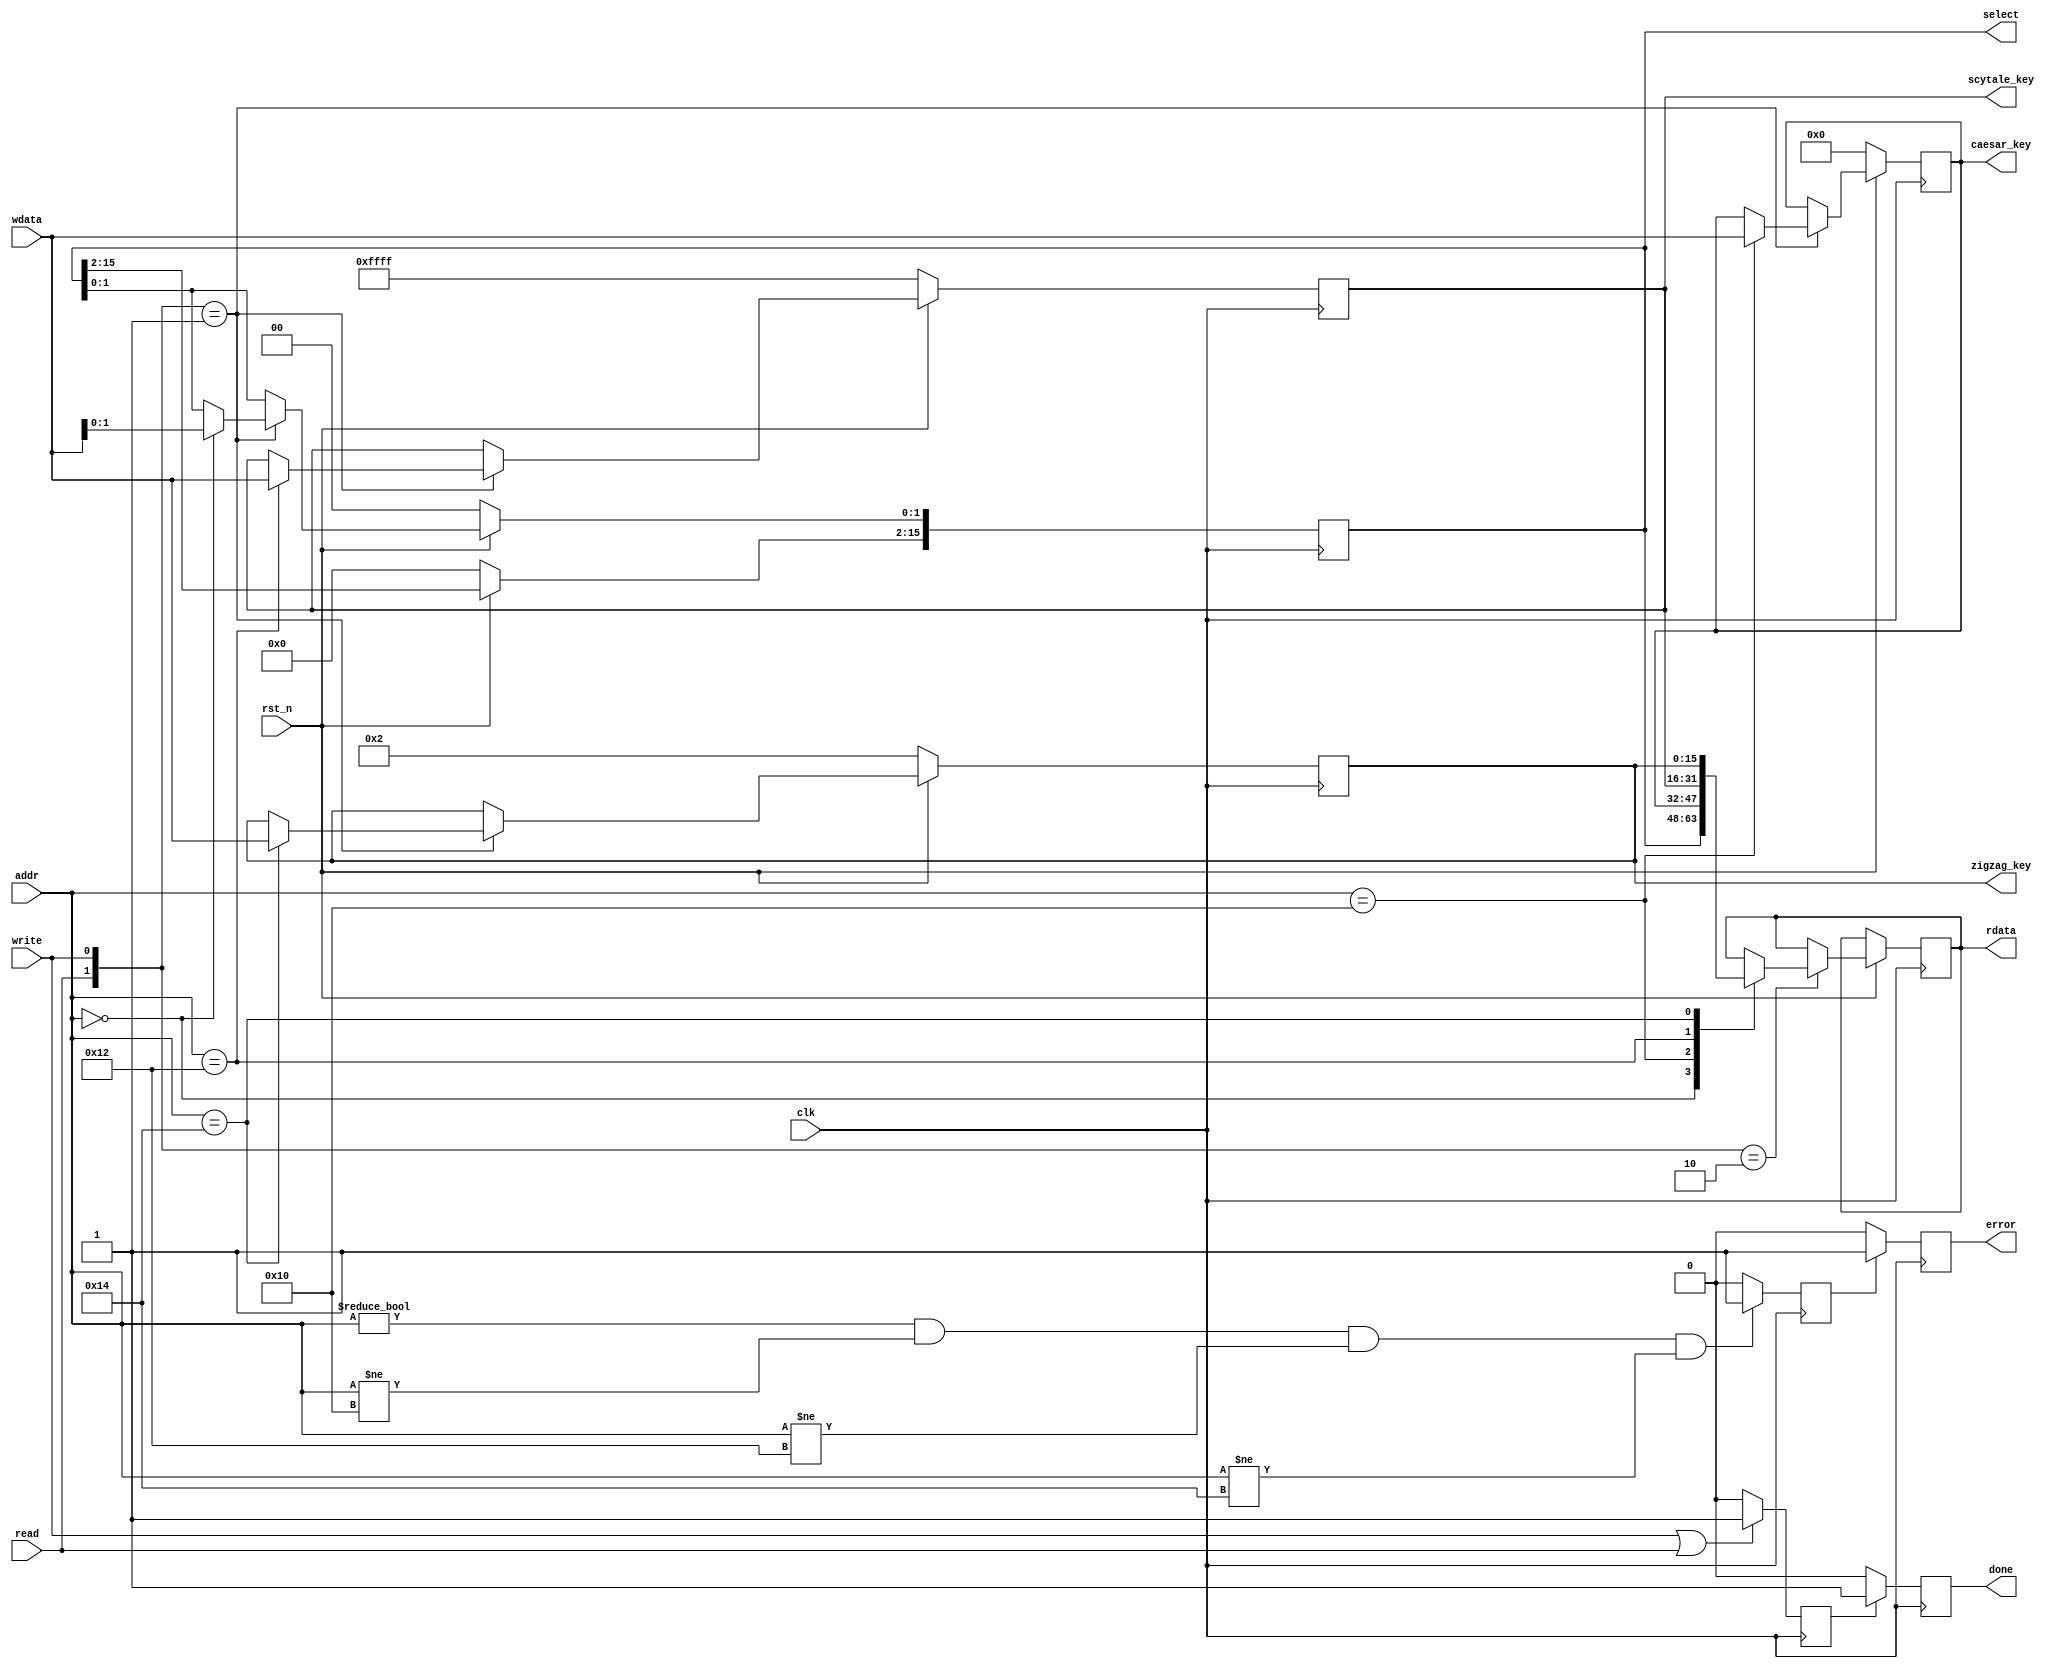
`timescale 1ns / 1ps
//////////////////////////////////////////////////////////////////////////////////
// Company: 
// Engineer: 
// 
// Design Name: 
// Module Name:    decryption_regfile 
// Project Name: 
// Target Devices: 
// Tool versions: 
// Description: 
//
// Dependencies: 
//
// Revision: 
// Revision 0.01 - File Created
// Additional Comments: 
//
//////////////////////////////////////////////////////////////////////////////////
module decryption_regfile #(
			parameter addr_witdth = 8,
			parameter reg_width 	 = 16
		)(
			// Clock and reset interface
			input clk, 
			input rst_n,
			
			// Register access interface
			input[addr_witdth - 1:0] addr,
			input read,
			input write,
			input [reg_width -1 : 0] wdata,
			output reg [reg_width -1 : 0] rdata,
			output reg done,
			output reg error,
			
			// Output wires
			output [reg_width - 1 : 0] select,
			output [reg_width - 1 : 0] caesar_key,
			output [reg_width - 1 : 0] scytale_key,
			output [reg_width - 1 : 0] zigzag_key
    );
	 
reg a;
reg b; 	 
//pentru a putea sa afisam semnalul done si error dupa un ciclu de ceas ne vom folosi de aceaste doua variabile.
reg [reg_width - 1 : 0] select1;
reg [reg_width - 1 : 0] caesar_key1;
reg [reg_width - 1 : 0] scytale_key1;
reg [reg_width - 1 : 0] zigzag_key1;

always @(posedge clk) begin

if( a == 1) done <=1;
		else done <= 0;
//in a se afla valoarea 1 daca la bataia anterioara de ceas s-au efectuat scrieri sau citiri.		
if( b == 1) error <=1;
		else error <= 0;
//in b se afla valoarea 1 daca la bataia anterioara nu s-au facut scrieri si citire la adresa corecta.		
if(write == 1 || read == 1) a <=1;
		else a <=0;

		
if(addr != 8'h00 && addr != 8'h10  && addr != 8'h12  &&  addr!= 8'h14) b <= 1;
		else b <= 0;
//adaugamin fiecare variabila reg valoarea sa de reset
   if(rst_n == 0)   begin
						select1 <= 16'h0;
						caesar_key1 <= 16'h0;
						scytale_key1 <= 16'hFFFF;
						zigzag_key1 <= 16'h2;
					end
					
	else   begin
					case ({read,write}) 
						 2'b00:  begin // daca nici scrierea nici citirea nu sunt active atunci nu se va intampla nimic
						
								end
	                2'b01:  begin //daca scrierea este activa atunci variabilele de tip reg vor primi
					//informatia aflata in wdata.
										case (addr)
												8'h00: begin 
												          select1[1:0] <= wdata;
														end
												
												8'h10: begin
															caesar_key1 <= wdata;
														end		
														
												8'h12: begin 
												          scytale_key1 <= wdata;
														end
												
												8'h14: begin
															zigzag_key1 <= wdata;
														end		
										endcase
							end		
											
							2'b10:  begin //daca scrierea este activa atunci o sa se puna in rdata valoarea
							//unuia dintre registri
										case (addr)
												8'h00: begin 
												         rdata <= select1;
														end
												
												8'h10: begin
															rdata <= caesar_key1;
														end		
												
												8'h12: begin 
												         rdata <= scytale_key1;
														end
												
												8'h14: begin
															rdata <= zigzag_key1;
														end		
										endcase
									end 
					endcase 
			end

end
assign select = select1;
assign caesar_key = caesar_key1;
assign scytale_key = scytale_key1;
assign zigzag_key = zigzag_key1; 
	
endmodule